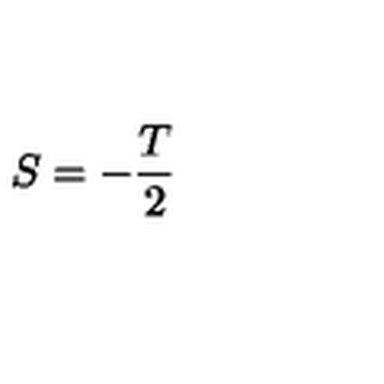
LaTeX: S = - \frac T 2